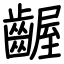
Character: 齷